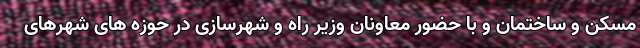
مسکن و ساختمان و با حضور معاونان وزیر راه و شهرسازی در حوزه های شهرهای